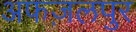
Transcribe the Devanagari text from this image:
अफज़लपुर